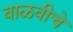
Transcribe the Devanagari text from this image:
वाळवीचे